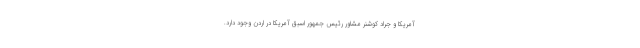
آمریکا و جراد کوشنر مشاور رئیس جمهور اسبق آمریکا در اردن وجود دارد.